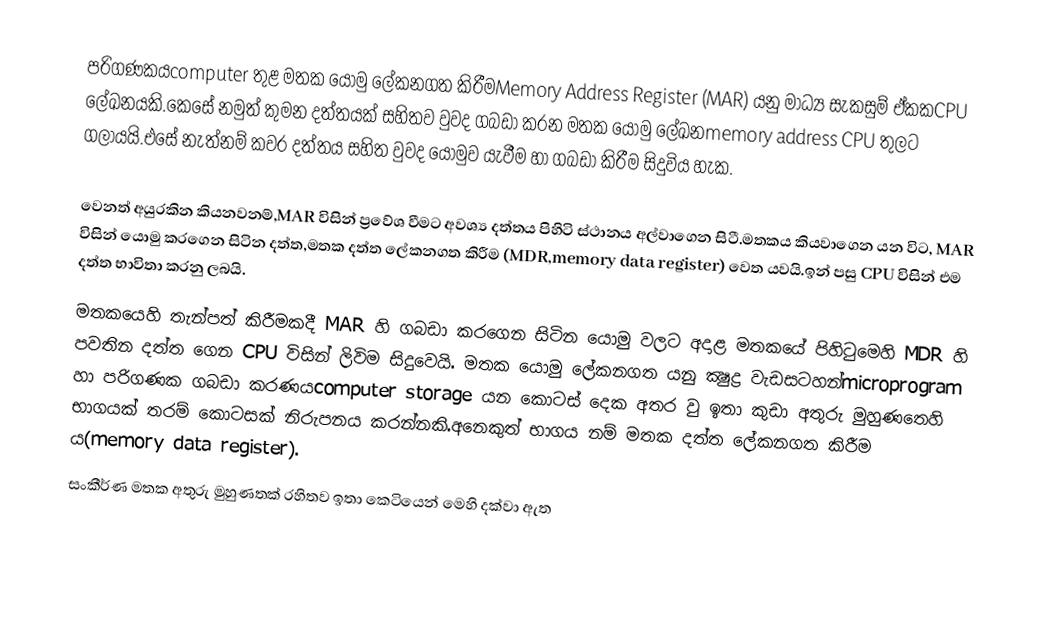
පරිගණකයcomputer තුළ මතක යොමු ලේකනගත කිරීමMemory Address Register (MAR) යනු මාධ්‍ය සැකසුම් ඒකකCPU ලේඛනයකි.කෙසේ නමුත් කුමන දත්තයක් සහිතව වුවද ගබඩා කරන මතක යොමු ලේඛනmemory address CPU තුලට ගලායයි.එසේ නැත්නම් කවර දත්තය සහිත වුවද යොමුව යැවීම හා ගබඩා කිරීම සිදුවිය හැක.

වෙනත් අයුරකින කියනවනම්,MAR විසින් ප්‍රවේශ වීමට අවශ්‍ය දත්තය පිහිටි ස්ථානය අල්වාගෙන සිටී.මතකය කියවාගෙන යන විට, MAR විසින් යොමු කරගෙන සිටින දත්ත,මතක දත්ත ලේකනගත කිරීම (MDR,memory data register) වෙත යවයි.ඉන් පසු CPU විසින් එම දත්ත භාවිතා කරනු ලබයි.
මතකයෙහි තැන්පත් කිරීමකදී MAR හි ගබඩා කරගෙන සිටින යොමු වලට අදාළ මතකයේ පිහිටුමෙහි MDR හි පවතින දත්ත ගෙන CPU විසින් ලිවිම සිදුවෙයි. මතක යොමු ලේකනගත යනු ක්‍ෂුද්‍ර වැඩසටහන්microprogram හා පරිගණක ගබඩා කරණයcomputer storage යන කොටස් දෙක අතර වු ඉතා කුඩා අතුරු මුහුණතෙහි භාගයක් තරම් කොටසක් නිරුපනය කරන්නකි.අනෙකුත් භාගය නම් මතක දත්ත ලේකනගත කිරීම ය(memory data register).
 සංකීර්ණ මතක අතුරු මුහුණතක් රහිතව ඉතා කෙටියෙන් මෙහි දක්වා ඇත